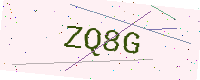
Text: ZQ8G